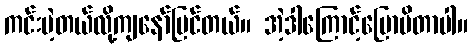
ကင်းမဲ့တယ်လို့ကျနော်မြင်တယ်။ အဲ့ဒါကြောင့်ပြောမိတာပါ။